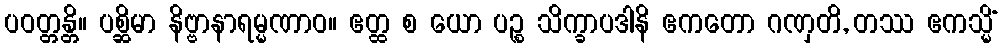
ပဝတ္တန္တိ။ ပစ္ဆိမာ နိဗ္ဗာနာရမ္မဏာဝ။ ဧတ္ထ စ ယော ပဉ္စ သိက္ခာပဒါနိ ဧကတော ဂဏှတိ, တဿ ဧကသ္မိံ